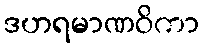
ဒဟရမာဏဝိကာ